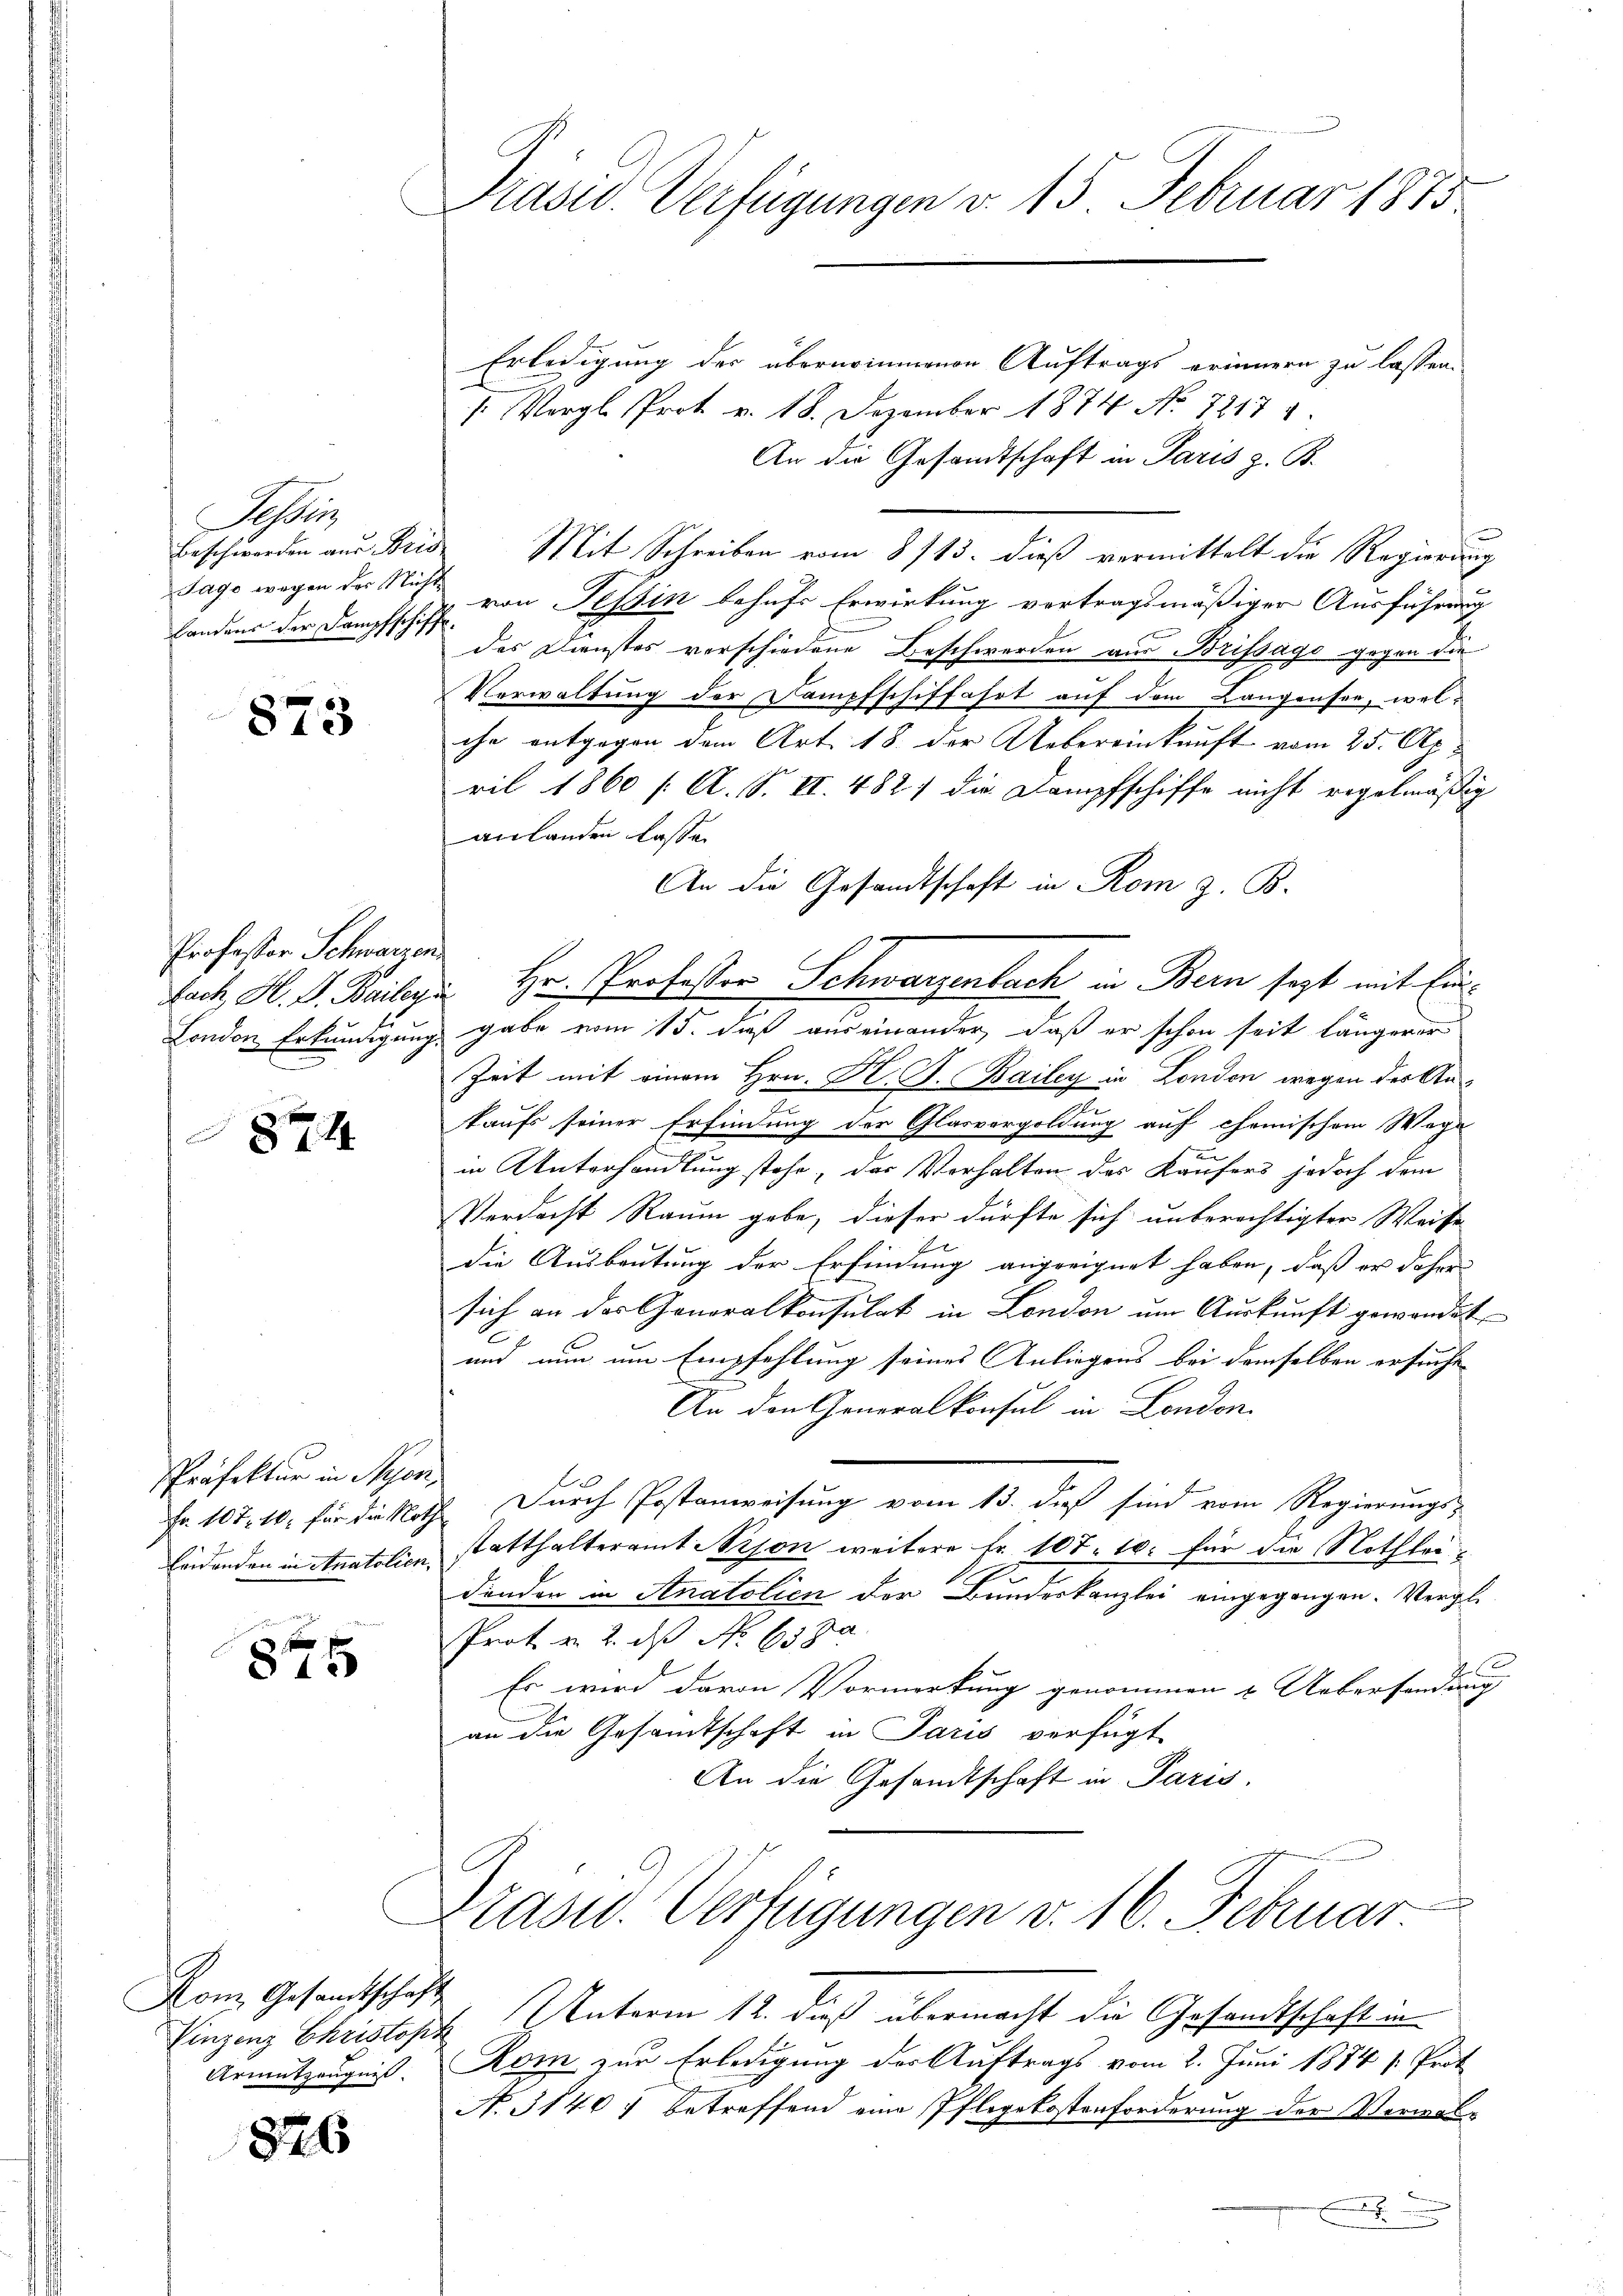
Tessin
Tage wegen der Nicht
Landens der Dampfschiff.

873

Professor Schwarzen.

874

Präfektur in Nyon
leidenden in Anatolien.

875

Kom Gesamtschaft

826

Präsid. Verfügungen v. 15. Februar 1873

Erledigung der übernommenen Auftrags erinnern zu lassen.
1 Vergl. Prot v. 18. Dezember 1874 No 72171.
An die Gesandtschaft in Paris z. B.
e
Beschwerden aus Bris Mit Schreiben vom 8/13. dieß vermittelt die Regierung
von Tessin behufs Erwirkung vertragsmäßiger Ausführung
des Dienstes vorschiedene Beschwerden aus Brissago gegen die
Verwaltung der Dampfschiffahrt auf dem Langensee, wel-
che entgegen dem Art. 18. der Uebereinkunft vom 25. Ap
ril 1860 /: A. S. II. 482) die Dampfschiffe nicht regelmäßig
anlanden lasse.
An die Gesandtschaft in Rom z. B.
Lach M. D. Beilage. Hr. Professor Schwarzenbach in Bern sezt mit Ein¬
London Erkundigung gabe vom 15. daß auseinander, daß er schon seit längerer
Zeit mit einem Hrn. Hr. J. Bailey in Londen wegen der An-
taufs seiner Erfindung der Glasvergoldung auf chemischem Wege
in Unterhandlung stehe, das Verhalten des Käufers jedoch dem
Verdacht Raum gebe, dieser dürfte sich unberechtigter Weise
die Ausbeutung der Erfindung angeeignet haben, daß er daher
sich an das Generalkonsulat in London um Auskunft gewandet
.
E
und nun um Empfehlung seines Anliegens bei demselben ersuche
An den Generalkonsul in London.
Fr. 107. 10. für die Noth durch Postanweisung vom 13. dieß sind vom Regierungs-
statthalteramt Arson weitere Fr. 107. 10. für die Nothleidenden in Anatolien der Bundeskanzlei eingegangen. Vergl.
er
Prot. v. 2. ds No 638.
Es wird davon Vormerkung genommen & Uebersendung
an die Gesandtschaft in Paris verfügt
An die Gesandtschaft in Paris.
Präsid. Verfügungen v. 16. Februar
Einzing Christoph Unterm 12. dieß übermacht die Gesandtschaft in
Armatzeugnis. Rom zur Erledigung des Auftrags vom 2. Juni 1874 s. Prot
N. 31401 betreffend eine Pflegekostenforderung der Verwal¬